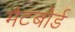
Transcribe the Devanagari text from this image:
मैटबोर्ड